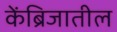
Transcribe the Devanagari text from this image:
केंब्रिजातील